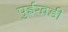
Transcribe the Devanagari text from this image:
पुईखडी